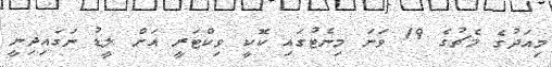
މިއަދުގެ މެޗުގެ 19 ވަނަ މިނެޓުގައި ކޮކީ ވިކްޓަރީ އަށް ލީޑު ނަގައިދިނީ